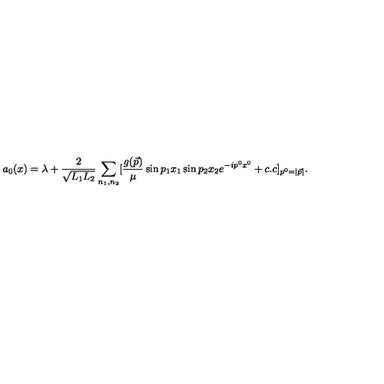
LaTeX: a _ { 0 } ( x ) = \lambda + { \frac { 2 } { \sqrt { L _ { 1 } L _ { 2 } } } } \sum _ { n _ { 1 } , n _ { 2 } } [ { \frac { g ( \vec { p } ) } { \mu } } \sin p _ { 1 } x _ { 1 } \sin p _ { 2 } x _ { 2 } e ^ { - i p ^ { 0 } x ^ { 0 } } + c . c ] _ { p ^ { 0 } = | \vec { p } | } .